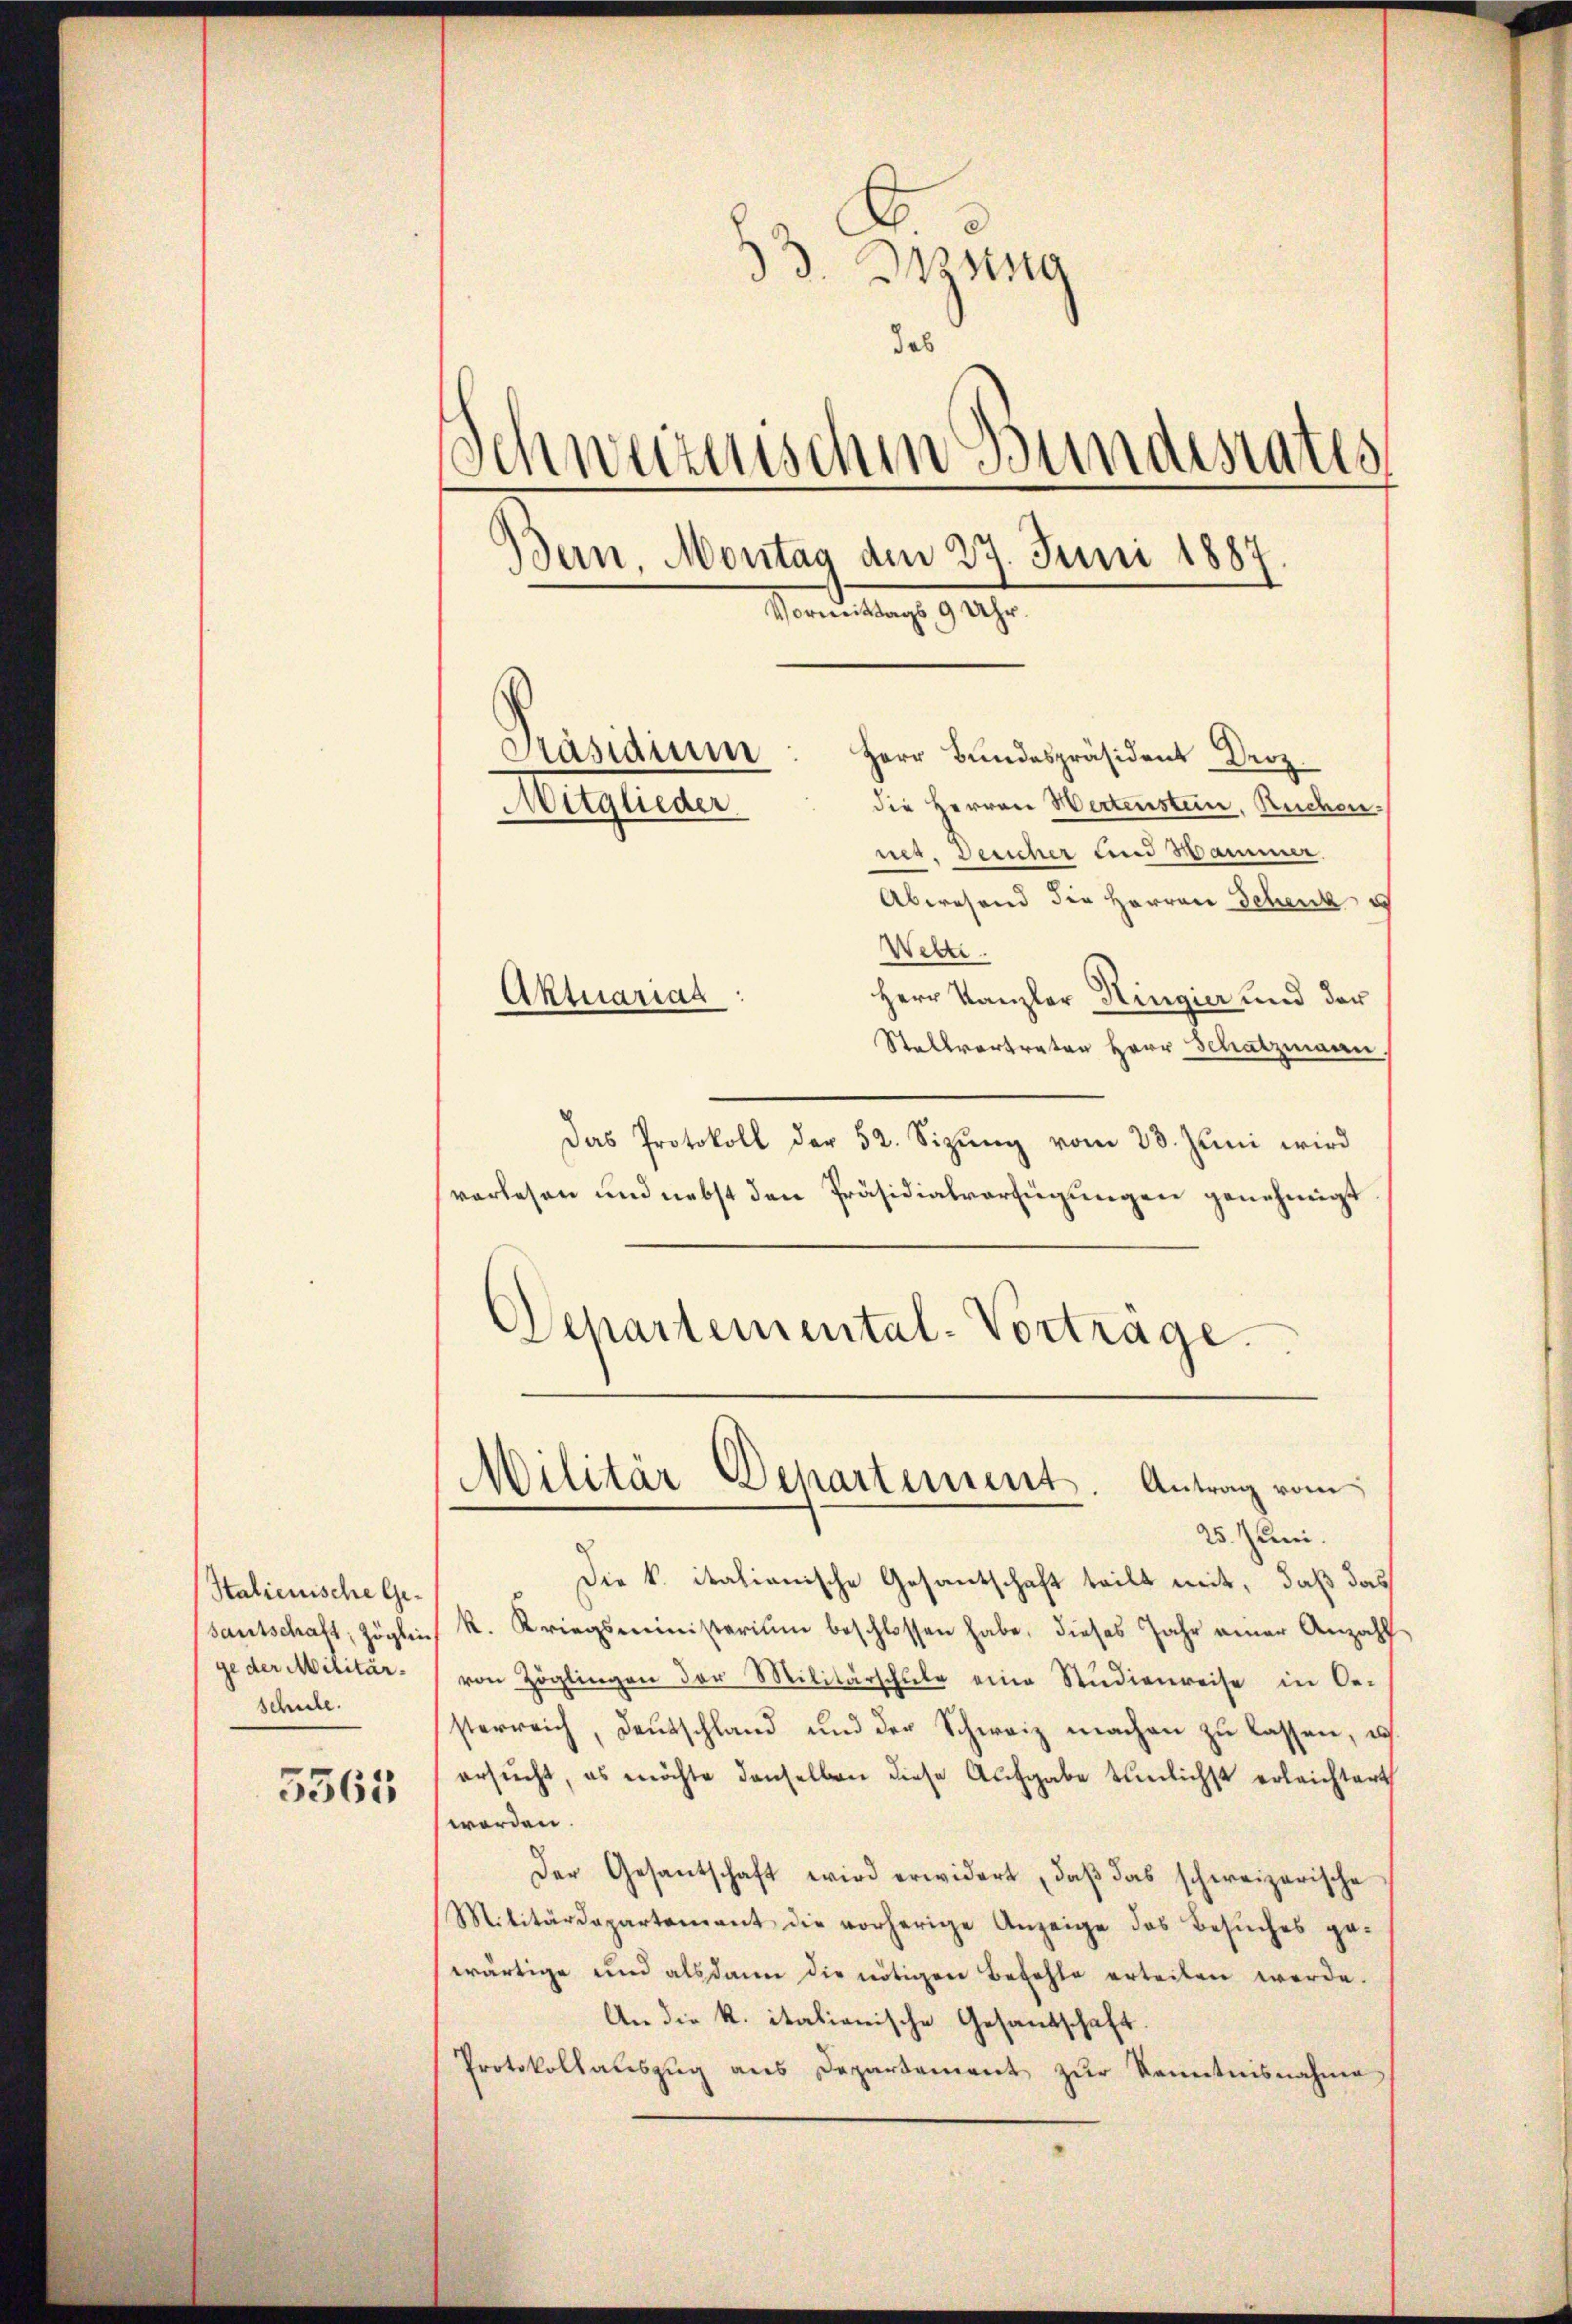
Stalienische Gege der Militärschule.

5363

33. Inzung
das
Schweizerischen Bundesrates
Bern, Montag den 27. Juni 1887
Vormittags 9 Uhr.
Präsidium
Herr Bundespräsident Droz.
die Herren Wertenstein. Rechen¬
Mitglieder
net. Desicher und Hammer.

Abwesend die Herren Schenke
Welti.
Aktuariat
Herr Kanzler Ringier und der
Stellvertreten Herr Schatzmann
Das Protokoll der 52. Sizŭng vom 23. Jŭni wird
verlesen und nebst den Präsidialverfügungen genehmigt
Departemental-Vortrage.

Militär Departement. Antrag vom

25. Juni.
Die k. italianische Gesantschaft teilt mit, daß das
sautschaft, Zöglin R. Kriegsministerium beschlossen habe, dieses Jahr einer Anzahl
von Zöglingen der Militärschŭle eine Studienreise in Oe-
sterreich, Deutschland und der Schweiz machen zu lassen, u.
ersŭcht, es möchte denselben diese Aufgabe tunlichst erleichtert
worden.
Der Gesantschaft wird erwidert, daβ das schweizerische
Militärdepartement die vorherige Anzeige des Besŭches ge-
wärtige und alsdann die nötigen Befehle erteilen werde.
An die K. italienische Gesandschaft.
Protokollauszug aus Departement zur Kenntnisnahme